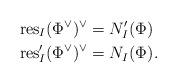
LaTeX: \begin{align*}{\rm res}_I(\Phi^\vee)^\vee &= N'_I(\Phi) \\{\rm res}'_I(\Phi^\vee)^\vee &= N_I(\Phi).\end{align*}